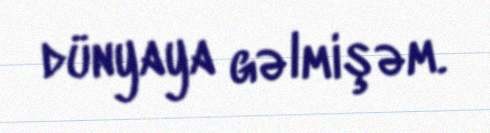
dünyaya gəlmişəm.